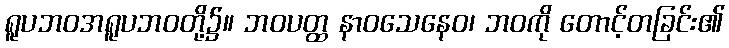
ရူပဘဝအရူပဘဝတို့၌။ ဘဝပတ္ထ နာဝသေနေဝ၊ ဘဝကို တောင့်တခြင်း၏